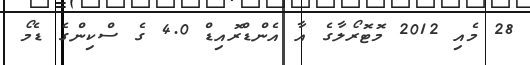
28 މެއި 2012 މޮޓޮރޯލާގެ އާ އެންޑްރޮއިޑް 4.0 ގެ ސްކިންގެ ޑެމޯ